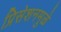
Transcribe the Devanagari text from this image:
प्रिसेशनमुळे